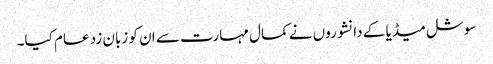
سوشل میڈیا کے دانشوروں نے کمال مہارت سے ان کو زبان زد عام کیا۔